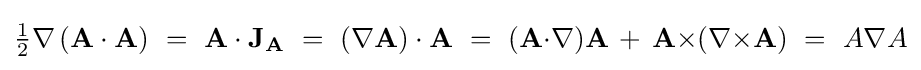
{\tfrac {1}{2}}\nabla \left(\mathbf {A} \cdot \mathbf {A} \right)\ =\ \mathbf {A} \cdot \mathbf {J} _{\mathbf {A} }\ =\ (\nabla \mathbf {A} )\cdot \mathbf {A} \ =\ (\mathbf {A} {\cdot }\nabla )\mathbf {A} \,+\,\mathbf {A} {\times }(\nabla {\times }\mathbf {A} )\ =\ A\nabla A